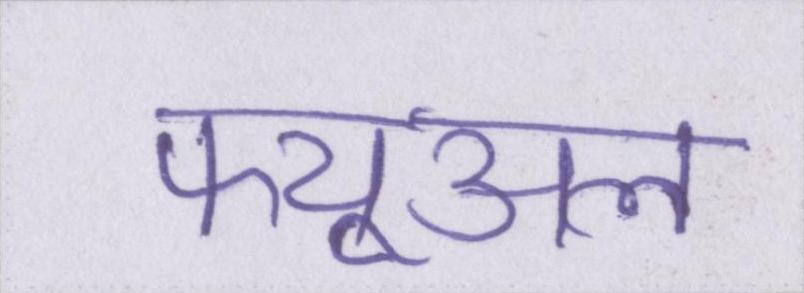
फ्यूअल